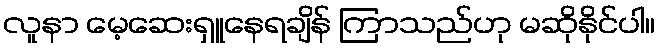
လူနာ မေ့ဆေးရှူနေရချိန် ကြာသည်ဟု မဆိုနိုင်ပါ။